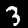
Digit: 3